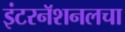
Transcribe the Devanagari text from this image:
इंटरनॅशनलचा